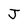
Character: J